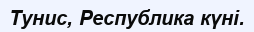
Тунис, Республика күні.